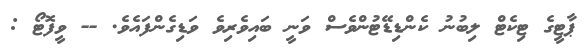
ޕާޓީގެ ޓިކެޓް ލިބުނު ކެންޑިޑޭޭޓުންވެސް ވަނީ ބައިވެރިވެ ވަޑިގެންފައެވެެ. -- ވީފޮޓޯ :